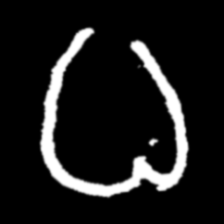
Pyu character \u2014 Myanmar letter: ဓ (romanized: dha)